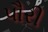
પૌરી